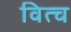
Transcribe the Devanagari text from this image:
वित्च